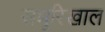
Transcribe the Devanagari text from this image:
समूरिखाल